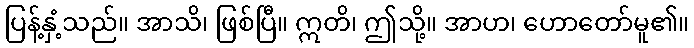
ပြန့်နှံ့သည်။ အာသိ၊ ဖြစ်ပြီ။ ဣတိ၊ ဤသို့။ အာဟ၊ ဟောတော်မူ၏။